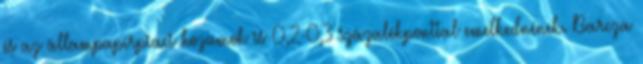
és az állampapírpiaci hozamok is 0,2-0,3 százalékponttal emelkednének. Barcza